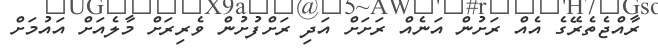
ރާއްޖެތެރޭގެ އެއް ރަށުން އަނެއް ރަށަށް އަދި ރަށްފުށުން ވެރިރަށް މާލެއަށް އައުމަށް